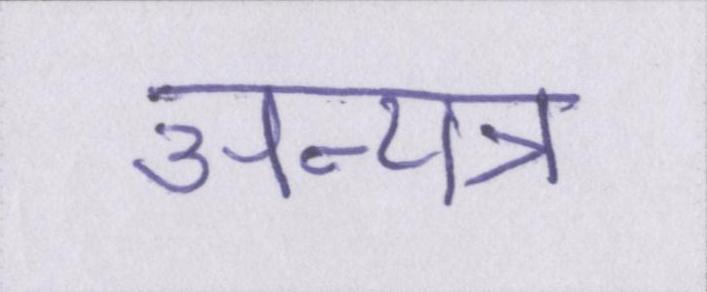
अन्यत्र